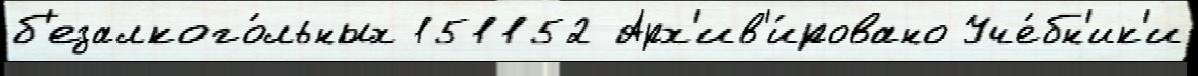
б'езалкого́льных 151152 Арх'ив'и́ровано Уче́бн'ик'и